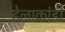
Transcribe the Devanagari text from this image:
हेलाकांडी